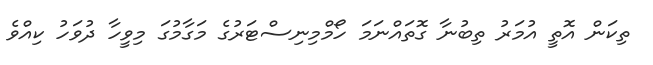
ތިކަން އޮތީ އުމަރު ތިބުނާ ގޮތައްނަމަ ހޯމްމިނިސްޓަރުގެ މަގާމުގަ މިވީހާ ދުވަހު ކިއްވެ